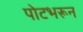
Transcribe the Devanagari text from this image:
पोटभरून